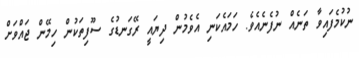
ނުކުމެފައިވާ ތަނެއް ނުފެނެއެވެ. ހަމައެކަނި އެވެމުން ދިޔައީ ރޭގަނޑުގެ ސޫފިތަކުން ހިމޭން ޖައްވަށް